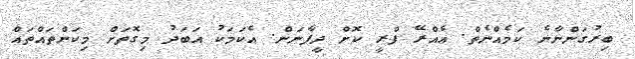
ބިރުގަންނާނެ ކަމެއްނެތް. އެއްރޭ ފްރީ ކޮށް ދީފާނަން. އެކަމަކު އަބަދު މިގޮތަށް މިކަންތައްތައް